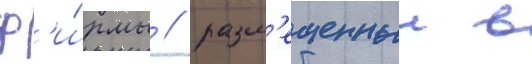
ф'и́рмы / разм'ещенныи в